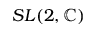
S L ( 2 , \mathbb { C } )